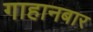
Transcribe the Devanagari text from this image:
गाहानबार